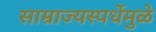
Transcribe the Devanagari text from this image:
साम्राज्यस्पर्धेमुळे